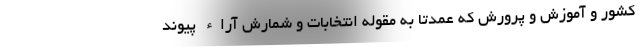
کشور و آموزش و پرورش که عمدتاً به مقوله انتخابات و شمارش آراء پیوند